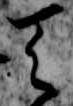
天